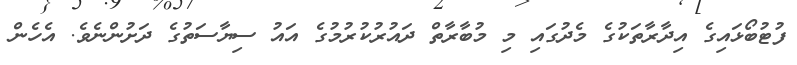
ފުޓުބޯޅައިގެ އިދާރާތަކުގެ މެދުގައި މި މުބާރާތް ދައުރުކުރުމުގެ އައު ސިޔާސަތުގެ ދަށުންނެވެ. އެހެން